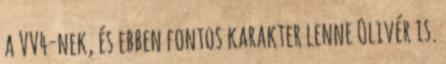
a VV4-nek, és ebben fontos karakter lenne Olivér is.